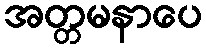
အတ္တမနာပေ